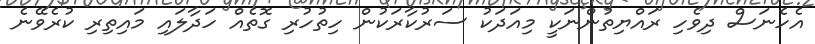
އެހެނަސް ދިވެހި ރައްޔިތުންނަކީ މިއަދަކު ސަރުކާރަކުން ހިތުހުރި ގޮތެއް ހަދާލައި މައިތިރި ކުރެވޭނެ